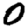
Digit: 0